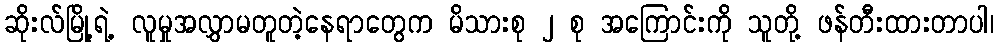
ဆိုးလ်မြို့ရဲ့ လူမှုအလွှာမတူတဲ့နေရာတွေက မိသားစု ၂ စု အကြောင်းကို သူတို့ ဖန်တီးထားတာပါ၊